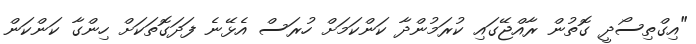
"އިގްތިސޯދީ ގޮތުން ރާއްޖޭގައި ކުރަމުންދާ ކަންކަމަށް ހުރަސް އެޅޭނެ ފަދަގޮތަކަށް ހިންގާ ކަންކަން